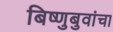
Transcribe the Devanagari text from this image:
बिष्णुबुवांचा